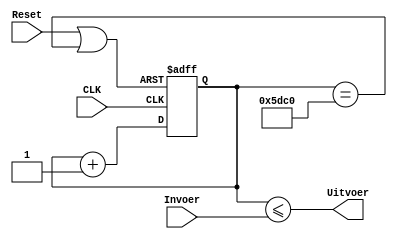
module signaalGenerator(
    input CLK,
    input Reset,
    input [15:0] Invoer,
    output Uitvoer);
	 
	reg [15:0] C;
	
	wire resetmore;
	
	assign resetmore = Reset | ( C == 24000 );
	
	always @ (posedge CLK or posedge resetmore) begin
		if(resetmore)
			C = 0;
		else
			C = C + 1'b1;
	end
	
	assign Uitvoer = (C <= Invoer);
	
endmodule